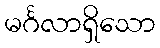
မင်္ဂလာရှိသော